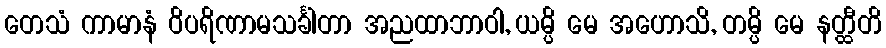
တေသံ ကာမာနံ ဝိပရိဏာမသင်္ခါတာ အညထာဘာဝါ, ယမ္ပိ မေ အဟောသိ, တမ္ပိ မေ နတ္ထီတိ